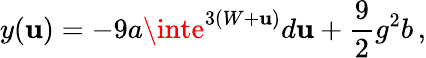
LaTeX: y(\mathbf{u})=-9a\inte^{3(W+\mathbf{u})}d\mathbf{u}+\frac{9}{2}g^{2}b\, ,